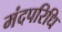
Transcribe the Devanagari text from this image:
मंदपरिधि